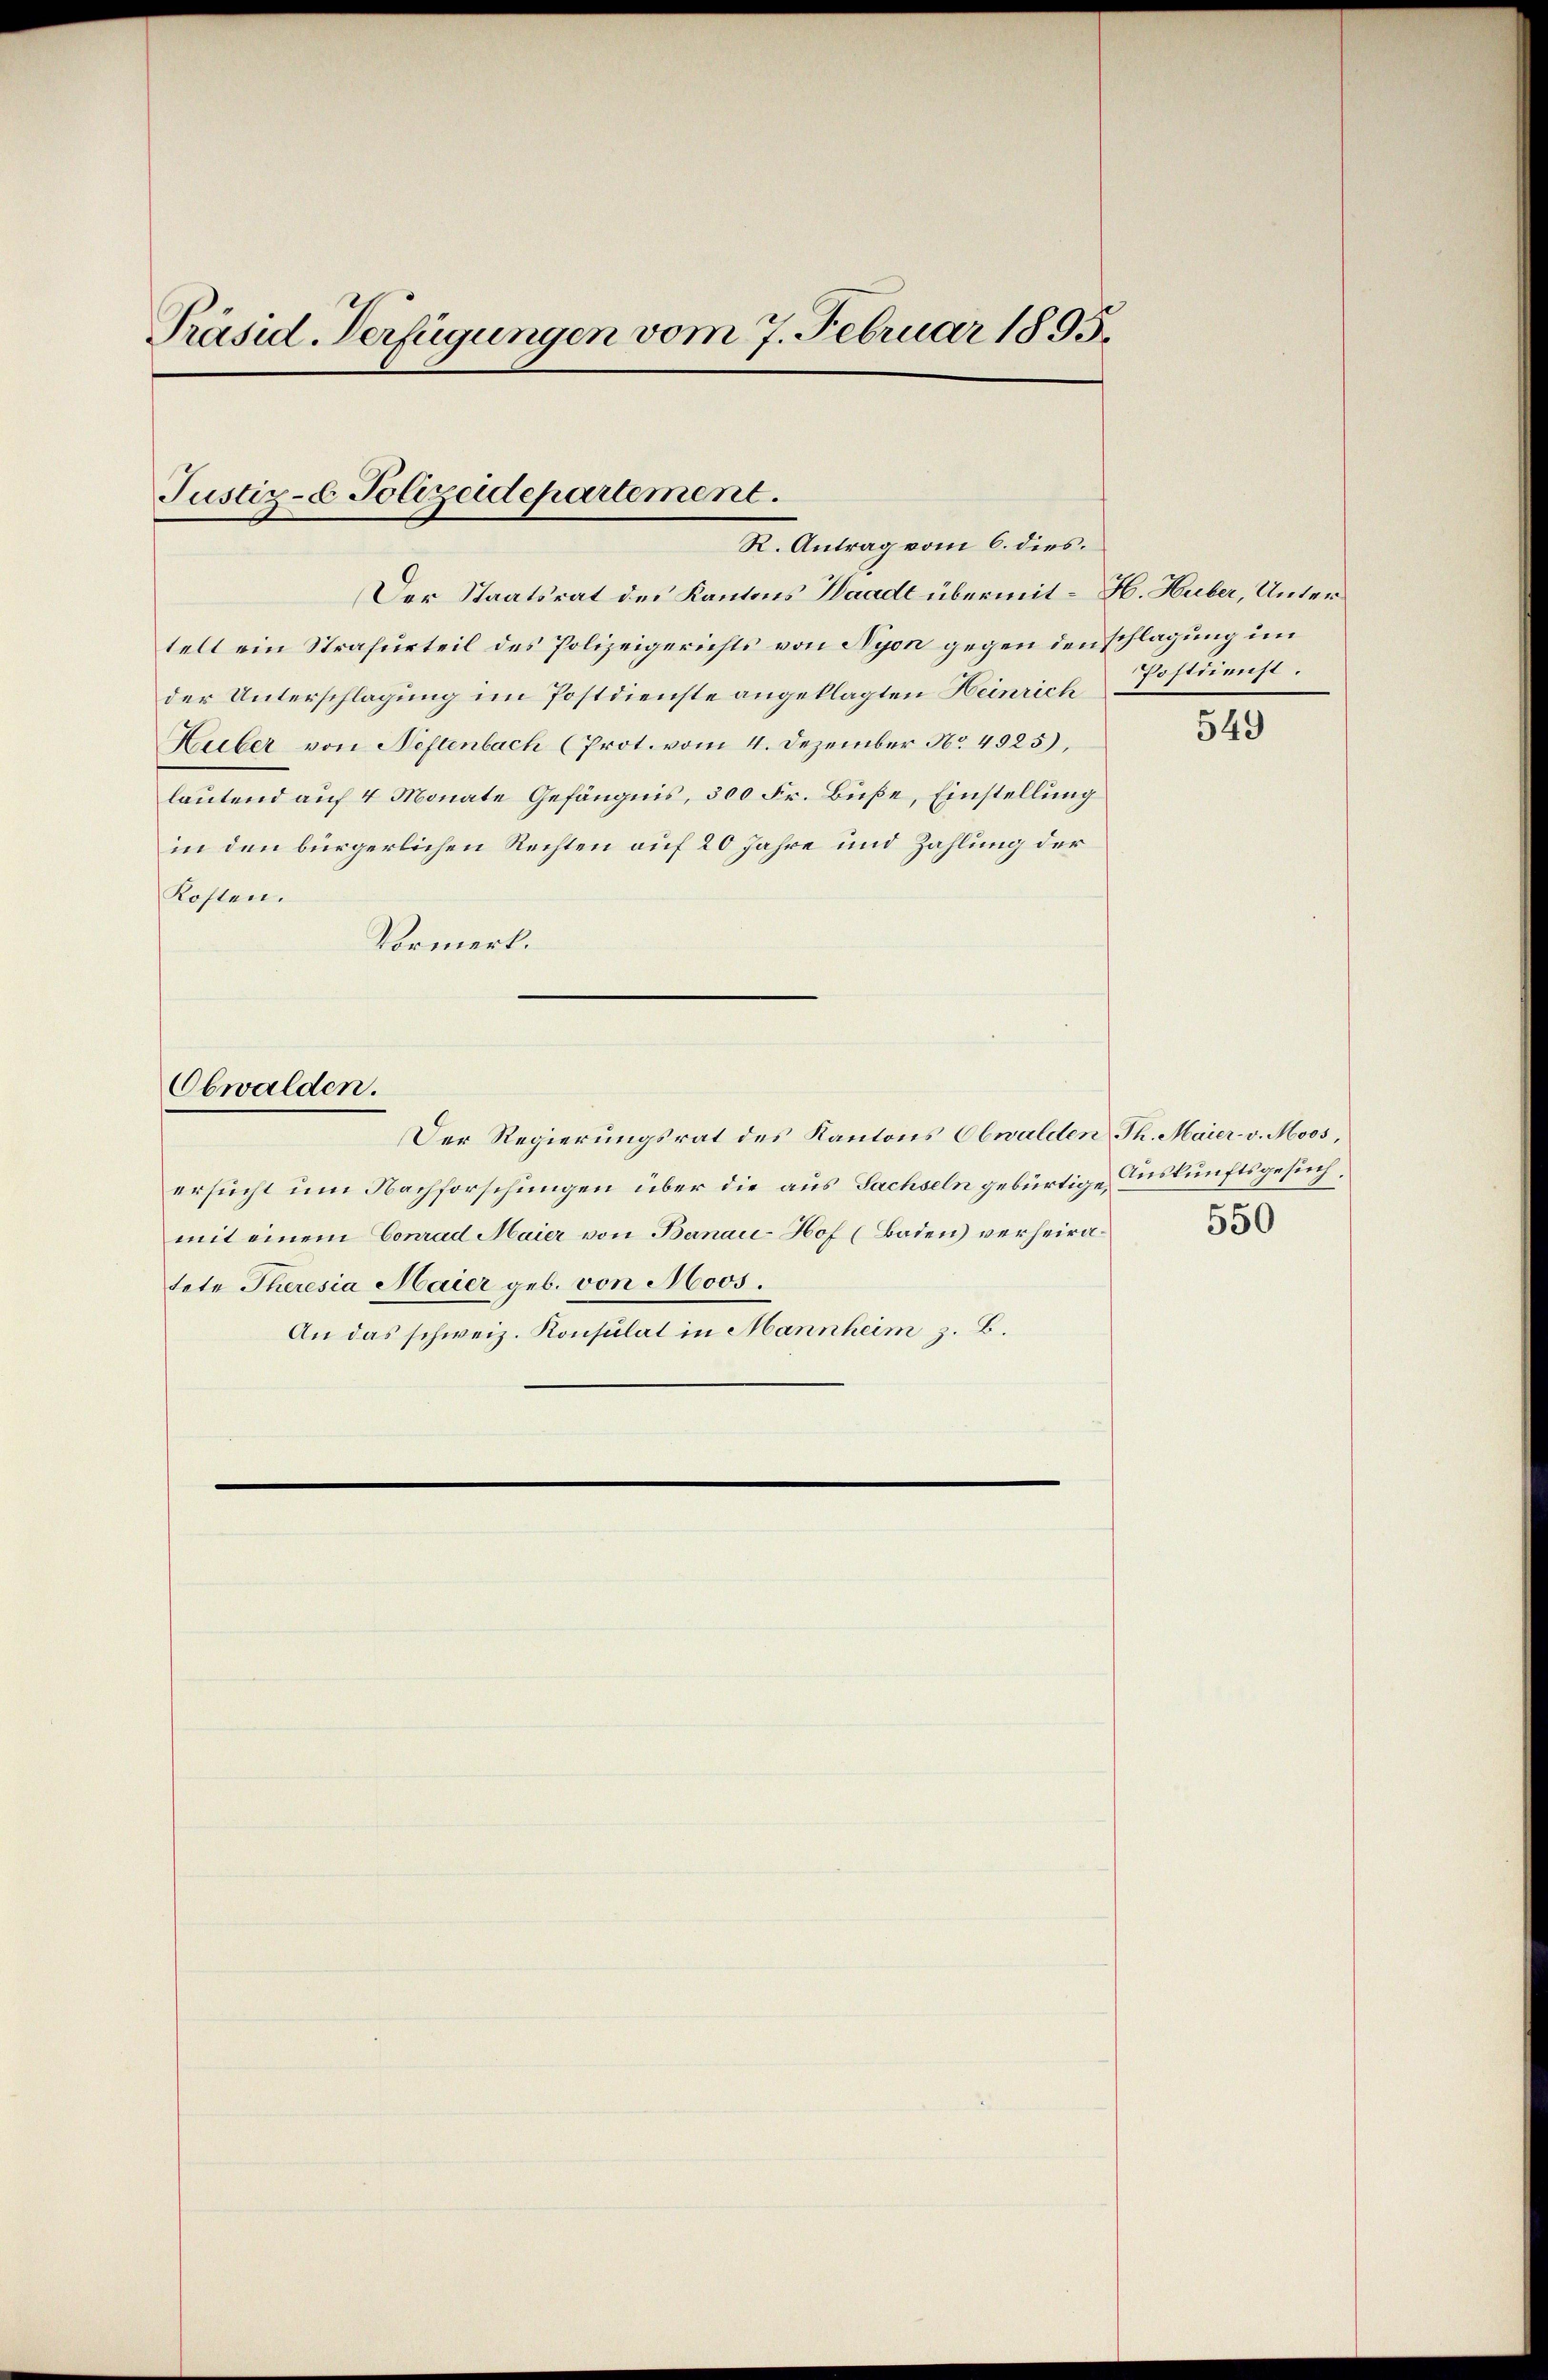
Präsid. Verfügungen vom 7. Februar 1895.

Justiz- & Polizeidepartement.
R. Antrag vom 6. dies.

Der Staatsrat des Kantons Waadt übermit H. Huber, Untertelt ein Strafurteil des Polizeigerichts von Nyon gegen den schlagung im
der Unterschlagung im Postdienste angeklagten Heinrich
Huber von Neftenbach (Prot. vom 4. Dezember No 4925),
lautend auf 4 Monate Gefängnis, 300 Fr. Buße, Einstellung
in den bürgerlichen Rechten auf 20 Jahre und Zahlung der
Kosten.
Vormerk.

Obwalden.

Postdienst.

Der Regierungsrat des Kantons Obwalden Th. Maier v. Moos,
ersucht um Nachforschungen über die aus Sachseln gebürtige Auskunftsgesuch,
mit einem Conrad Maier von Banau-Hof (Baden) verheiratete Theresia Maier geb. von Moos.
An das schweiz. Konsulat in Mannheim z. B.

549

550